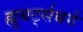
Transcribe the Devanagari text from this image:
ह्यूबर्ट्सबर्ग